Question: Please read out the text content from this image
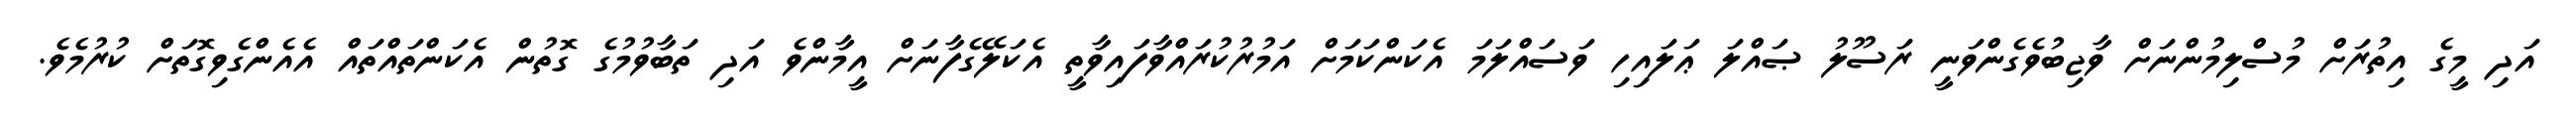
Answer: އަދި މީގެ އިތުރަށް މުސްލިމުންނަށް ވާޖިބުވެގެންވަނީ ރަސޫލު ޞައްލަ ޢަލައިހި ވަސައްލަމަ އެކަންކަމަށް އަމުރުކުރައްވާފައިވާތީ އެކަލޭގެފާނަށް އީމާންވެ އަދި ތަބާވުމުގެ ގޮތުން އެކަންތައްތައް އެއެންގެވިގޮތަށް ކުރުމެވެ.